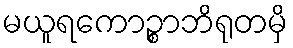
မယူရကောဉ္စာဘိရုတမှိ